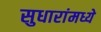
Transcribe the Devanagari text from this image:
सुधारांमध्ये